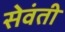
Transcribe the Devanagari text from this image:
सेवंती